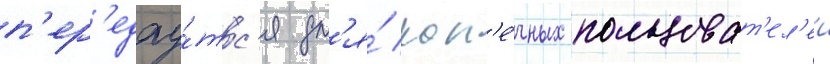
п'ер'едау́тс'я дл'я́ кон'е́чных пользоват'ел'еи